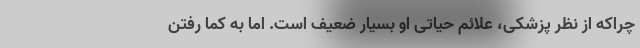
چراکه از نظر پزشکی، علائم حیاتی او بسیار ضعیف است. اما به کما رفتن